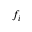
f _ { i }